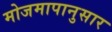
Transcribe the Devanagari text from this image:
मोजमापानुसार